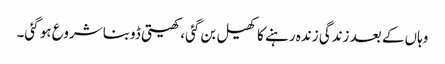
وہاں کے بعد زندگی زندہ رہنے کا کھیل بن گئی، کھیتی ڈوبنا شروع ہو گئی۔